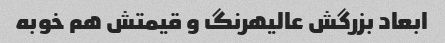
ابعاد بزرگش عالیهرنگ و قیمتش هم خوبه